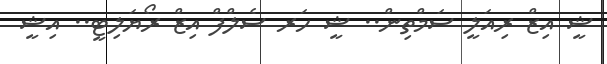
ޝީ އިޒް ރިއަލީ ސަމްތިން.. ޝީ ހަރ ސެލްފް އިޒް ރޯޔަލިޓީ.. އިޝީ